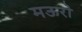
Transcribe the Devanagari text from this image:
मऊरो